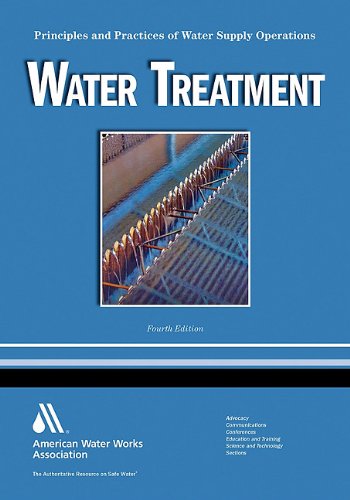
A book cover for Water Treatment WSO: Principles and Practices of Water Supply Operations Volume 1 (Water Supply Operations Series); Nicholas G. Pizzi; Science & Math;